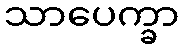
သာပေက္ခာ